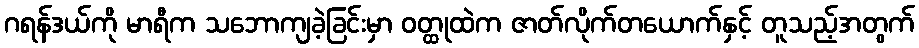
ဂရန်ဒယ်ကို မာရီက သဘောကျခဲ့ခြင်းမှာ ဝတ္ထုထဲက ဇာတ်လိုက်တယောက်နှင့် တူသည့်အတွက်